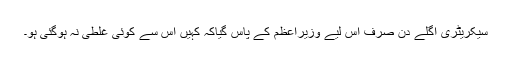
سیکریٹری اگلے دن صرف اس لیے وزیراعظم کے پاس گیاکہ کہیں اس سے کوئی غلطی نہ ہوگئی ہو۔